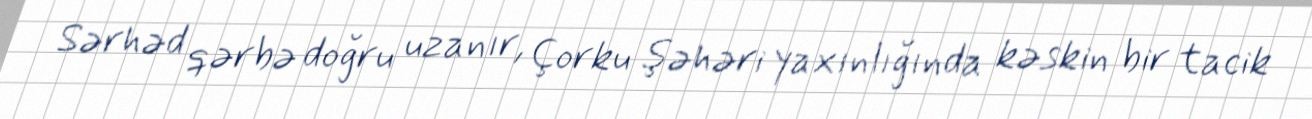
Sərhəd qərbə doğru uzanır, Çorku şəhəri yaxınlığında kəskin bir tacik